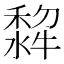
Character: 𭷵